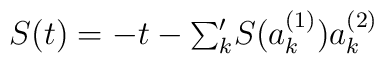
S(t)=-t-\mbox{$\sum_k^\prime$} S(a_k^{(1)})a_k^{(2)}